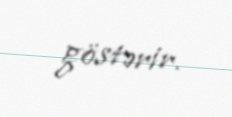
göstərir.